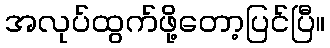
အလုပ်ထွက်ဖို့တော့ပြင်ပြီ။